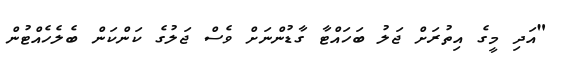
"އަދި މީގެ އިތުރަށް ޖަލު ބަހައްޓާ ގާޑުންނަށް ވެސް ޖަލުގެ ކަންކަން ބެލެހެއްޓުން